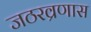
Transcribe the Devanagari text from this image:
जठरव्रणास